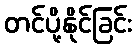
တင်ပို့နိုင်ခြင်း